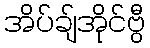
အိပ်ချ်အိုင်ဗွီ